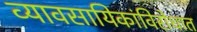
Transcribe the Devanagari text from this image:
व्यावसायिकांविरोधात